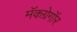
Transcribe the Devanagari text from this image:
मॅकग्रेगॉर